Annual report of the Punjab Veterinary College and of the Civil Veterinary Department, Punjab - 1920-1925
Year: 1920
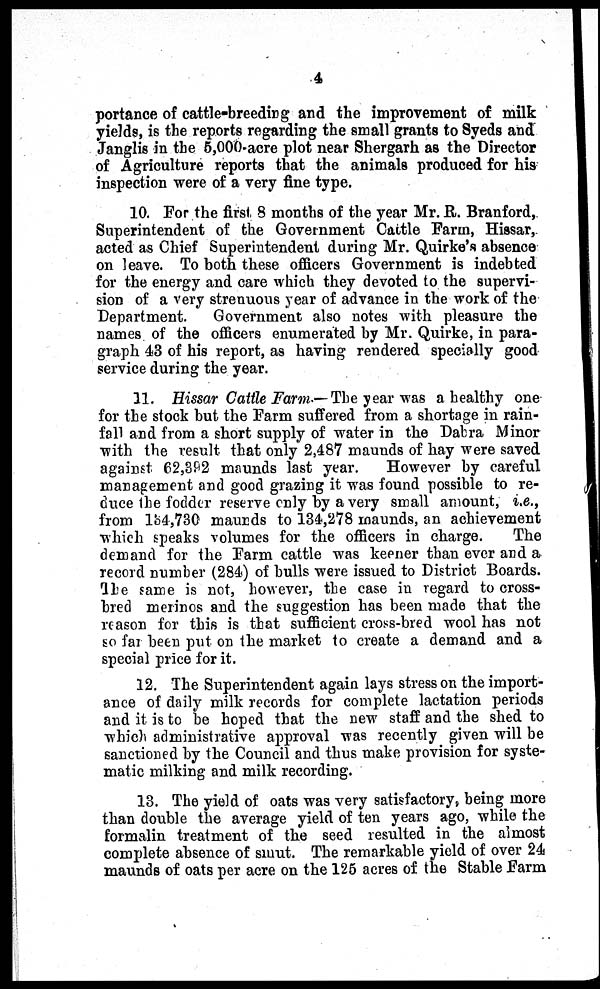
4
portance of cattle-breeding and the improvement of milk
yields, is the reports regarding the small grants to Syeds and
Janglis in the 5,000 acre plot near Shergarh as the Director
of Agriculture reports that the animals produced for his
inspection were of a very fine type.
10. For the first 8 months of the year Mr. R. Branford,
Superintendent of the Government Cattle Farm, Hissar,
acted as Chief Superintendent during Mr. Quirke's absence
on leave. To both these officers Government is indebted
for the energy and care which they devoted to the supervi-
sion of a very strenuous year of advance in the work of the
Department. Government also notes with pleasure the
names of the officers enumerated by Mr. Quirke, in para-
graph 43 of his report, as having rendered specially good
service during the year.
11. Hissar Cattle Farm.— The year was a healthy one
for the stock but the Farm suffered from a shortage in rain-
fall and from a short supply of water in the Dabra Minor
with the result that only 2,487 maunds of hay were saved
against 62,392 maunds last year.
However by careful
management and good grazing it was found possible to re-
duce the fodder reserve only by a very small amount, i.e.,
from 154,730 maunds to 134,278 maunds, an achievement
which speaks volumes for the officers in charge.
The
demand for the Farm cattle was keener than ever and a
record number (284) of bulls were issued to District Boards.
The same is not, however, the case in regard to cross-
bred merinos and the suggestion has been made that the
reason for this is that sufficient cross-bred wool has not
so far been put on the market to create a demand and a
special price for it.
12. The Superintendent again lays stress on the import-
ance of daily milk records for complete lactation periods
and it is to be hoped that the new staff and the shed to
which administrative approval was recently given will be
sanctioned by the Council and thus make provision for syste-
matic milking and milk recording.
13. The yield of oats was very satisfactory, being more
than double the average yield of ten years ago, while the
formalin treatment of the seed resulted in the almost
complete absence of smut. The remarkable yield of over 24
maunds of oats per acre on the 125 acres of the Stable Farm